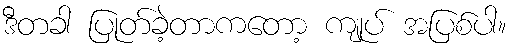
ဒီတခါ ပြုတ်ခဲ့တာကတော့ ကျုပ် အပြစ်ပါ။